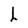
Character: L